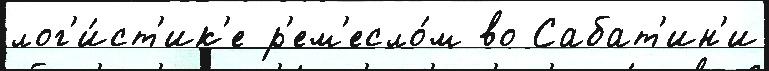
лог'и́ст'ик'е р'ем'есло́м во Сабат'ин'и